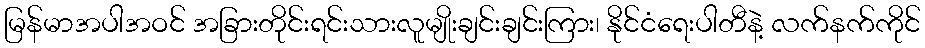
မြန်မာအပါအဝင် အခြားတိုင်းရင်းသားလူမျိုးချင်းချင်းကြား၊ နိုင်ငံရေးပါတီနဲ့ လက်နက်ကိုင်